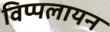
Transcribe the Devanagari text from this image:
विप्पलायन